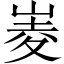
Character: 𡹃